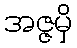
အဇ္ဇမှိ